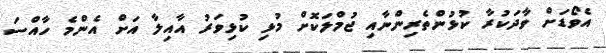
އެވޯޑަށް ވާދަކުރާ ކުޅުންތެރިންނާއި ޖުމްލަކޮށް މުޅި ކުޅިވަރު އާއިލާ އަށް އެންމެ ހާއްސަ